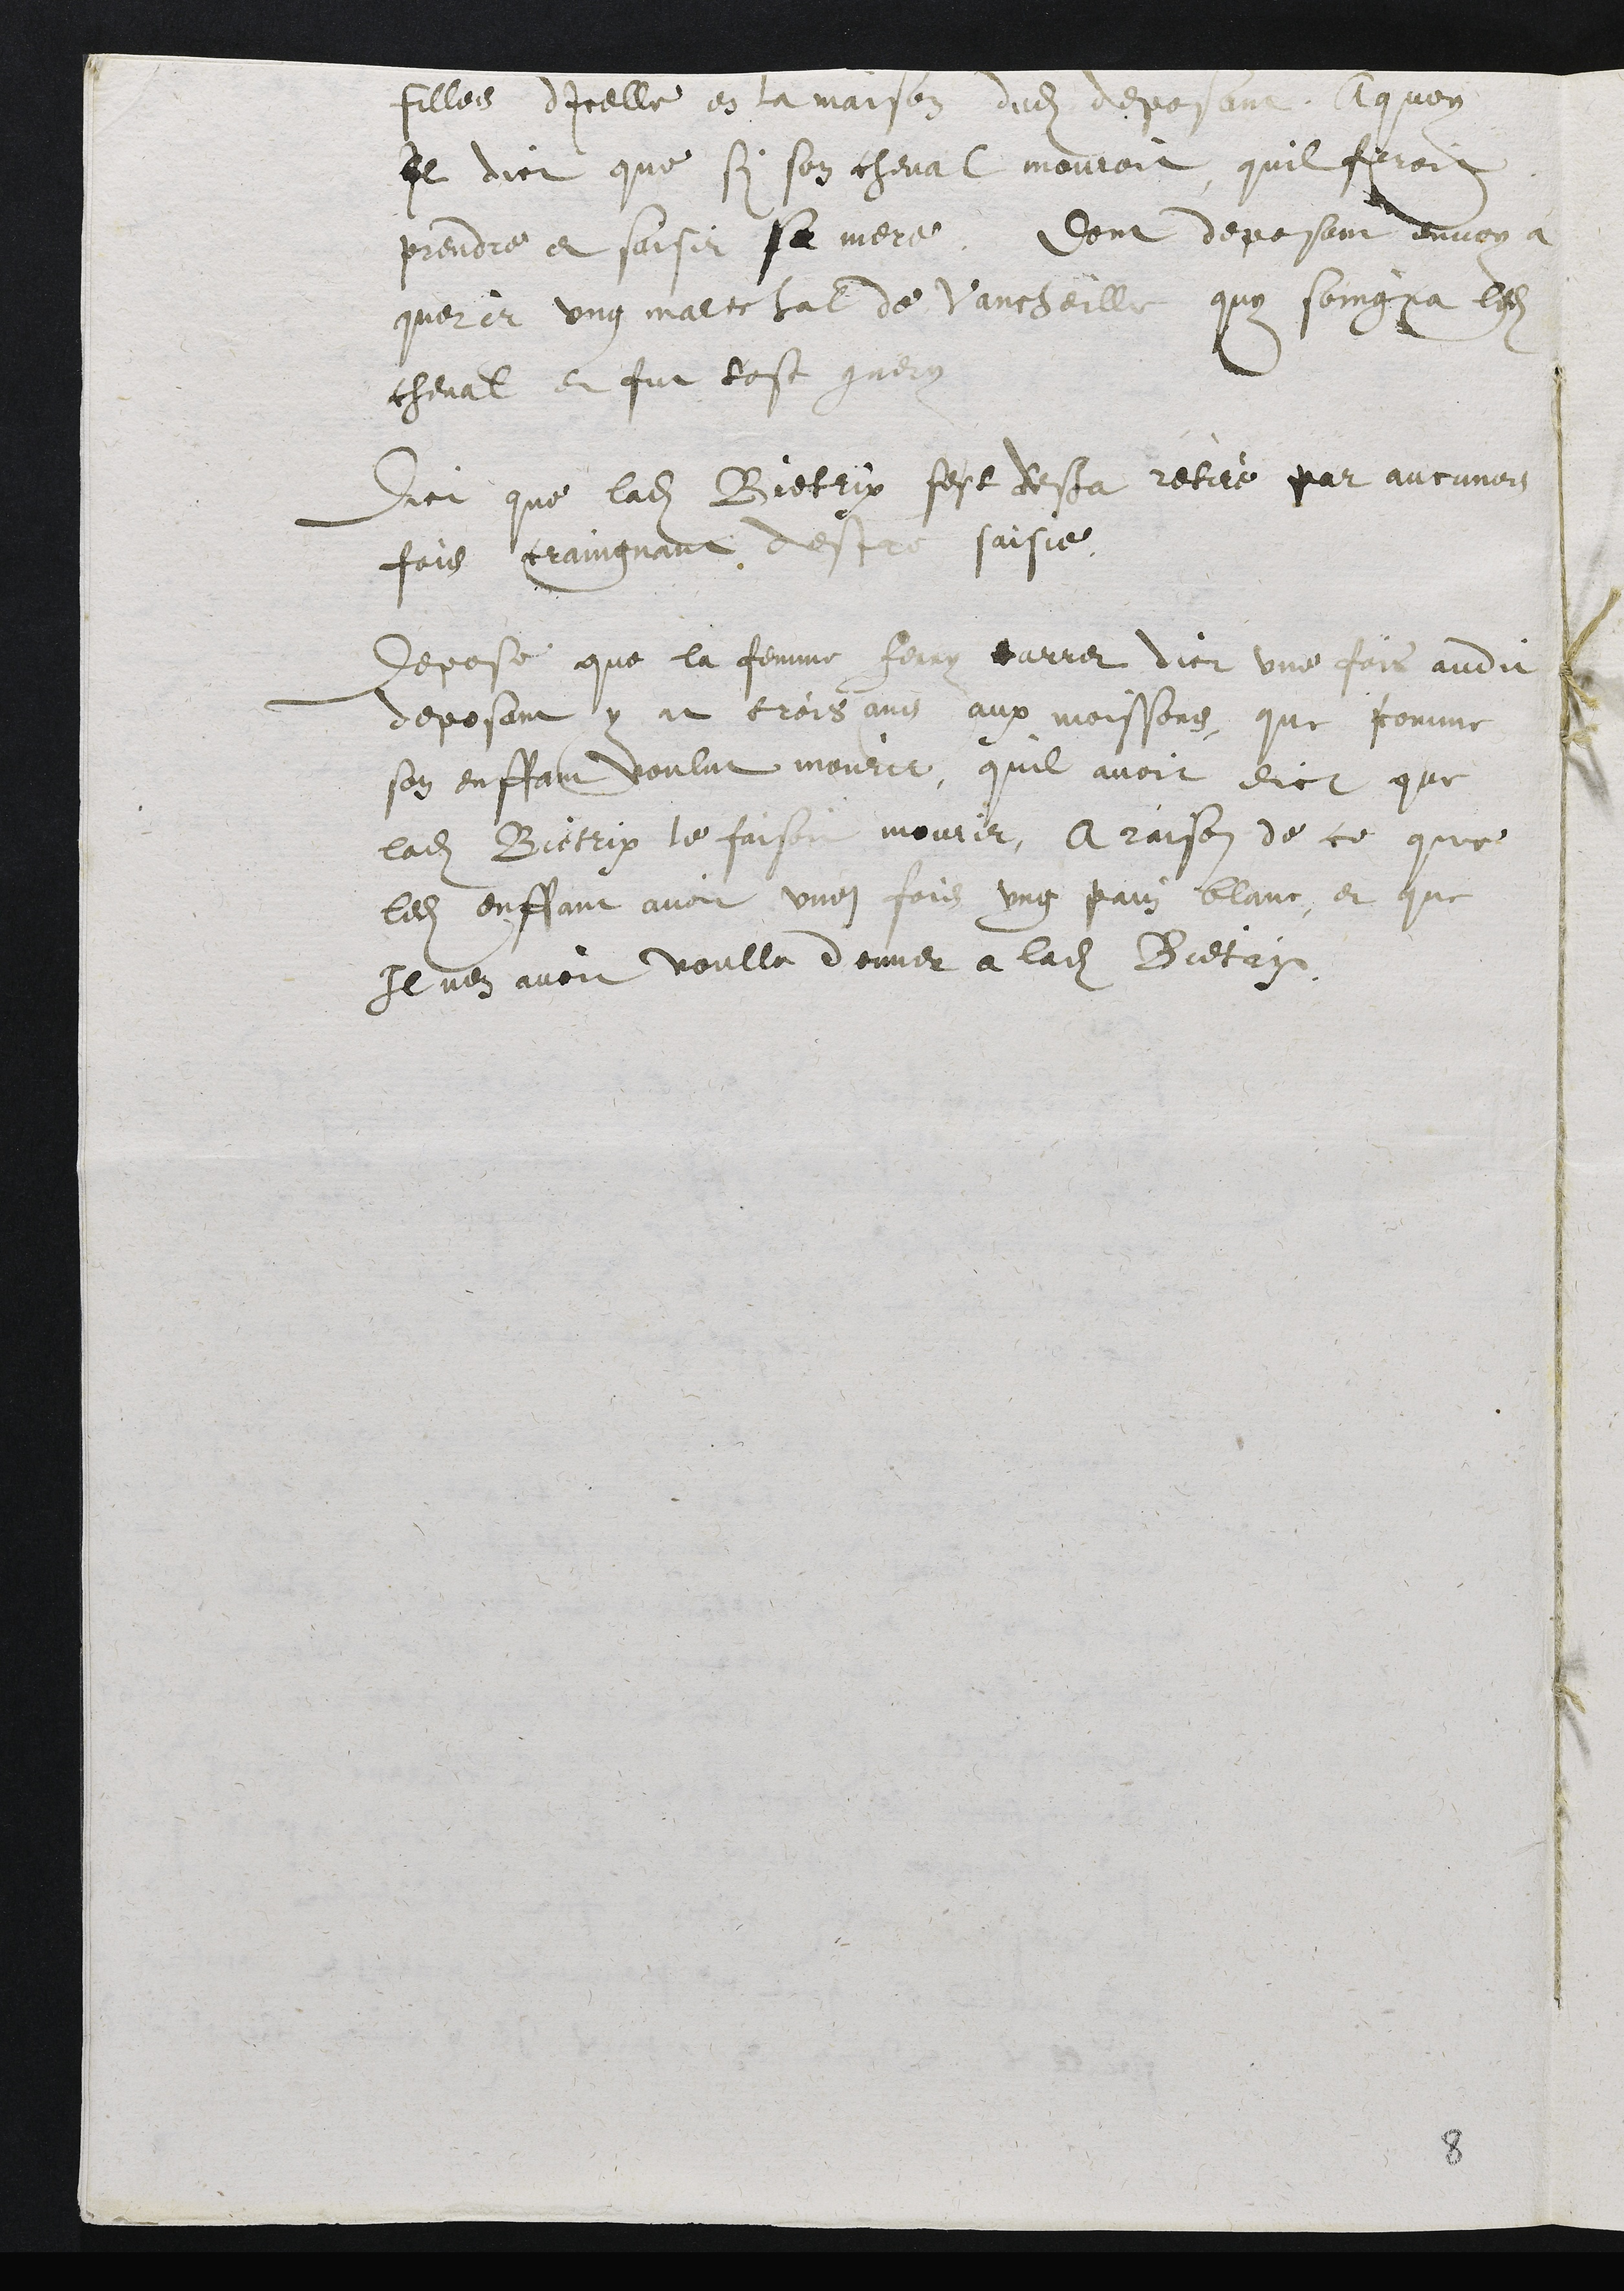
filles dicelle en la maison dudit deposant A quoy
Il dict que si son cheval mouroit, quil feroit
prendre et saisir sa mere. Dont deposant envoya
querir ung marechal de Vancheille quy soingna ledit
cheval et fut tost guery
Dict que ladite Bietrix est desja retiré par aucunes
fois craingnant destre saisie
Depose que la femme Ferry carret dict une fois audit
deposant y at trois ans aux moissons, que comme
son enffant voulut mourir, quil avoit dict que
ladite Bietrix le faisoit mourir, A raison de ce que
ledit enffant avoit une fois ung pain blanc, et que
Il nen avoit voullu donner a ladite Bietrix

8